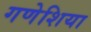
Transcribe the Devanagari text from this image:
गणेशिया